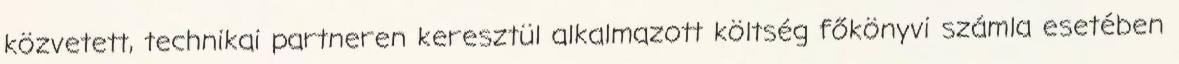
közvetett, technikai partneren keresztül alkalmazott költség főkönyvi számla esetében